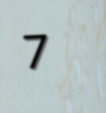
7